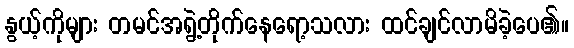
နွယ့်ကိုများ တမင်အရွဲ့တိုက်နေရော့သလား ထင်ချင်လာမိခဲ့ပေ၏။